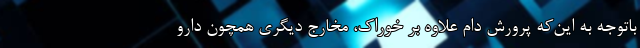
باتوجه به این‌که پرورش دام علاوه بر خوراک، مخارج دیگری همچون دارو